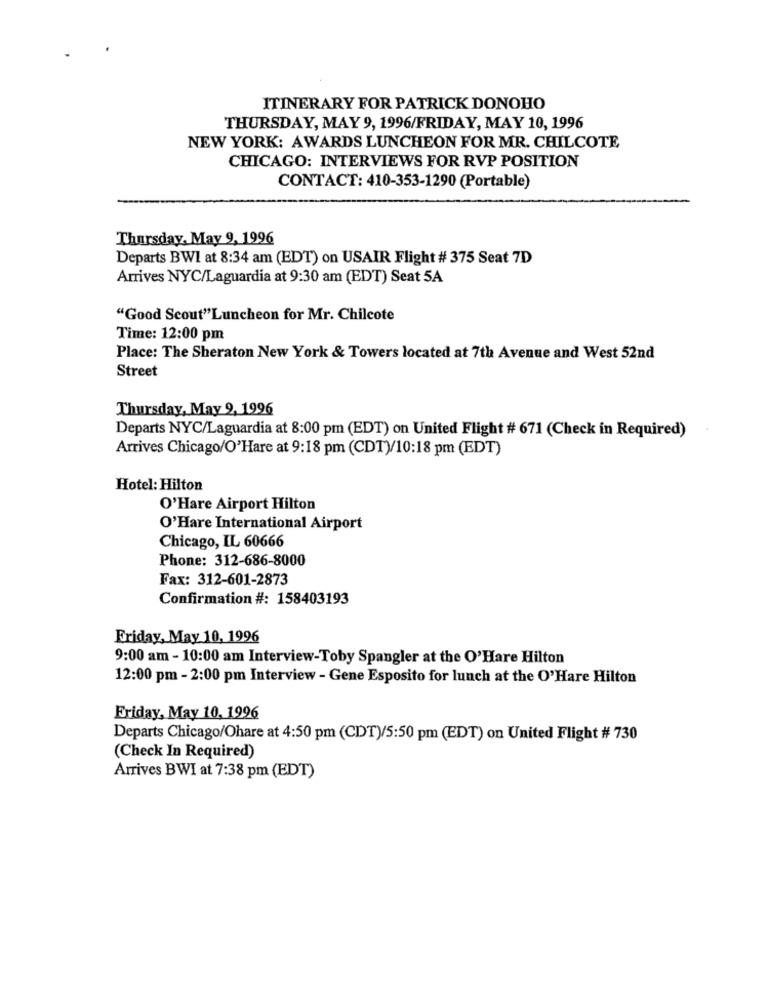
ITINERARY FOR PATRICK DONOHO
THURSDAY, MAY 9, 1996/FRIDAY, MAY 10, 1996
NEW YORK: AWARDS LUNCHEON FOR MR. CHILCOTE
CHICAGO: INTERVIEWS FOR RVP POSITION
CONTACT: 410-353-1290 (Portable)
Thursday, May 9, 1996
Departs BWI at 8:34 am (EDT) on USAIR Flight # 375 Seat 7D
Arrives NYC/Laguardia at 9:30 am (EDT) Seat 5A
"Good Scout"Luncheon for Mr. Chilcote
Time: 12:00 pm
Place: The Sheraton New York & Towers located at 7th Avenue and West 52nd
Street
Thursday, May 9, 1996
Departs NYC/Laguardia at 8:00 pm (EDT) on United Flight # 671 (Check in Required)
Arrives Chicago/O'Hare at 9:18 pm (CDT)/10:18 pm (EDT)
Hotel: Hilton
O'Hare Airport Hilton
O'Hare International Airport
Chicago, IL 60666
Phone: 312-686-8000
Fax: 312-601-2873
Confirmation #: 158403193
Friday, May 10, 1996
9:00 am - 10:00 am Interview-Toby Spangler at the O'Hare Hilton
12:00 pm - 2:00 pm Interview - Gene Esposito for lunch at the O'Hare Hilton
Friday, May 10, 1996
Departs Chicago/Ohare at 4:50 pm (CDT)/5:50 pm (EDT) on United Flight # 730
(Check In Required)
Arrives BWI at 7:38 pm (EDT)